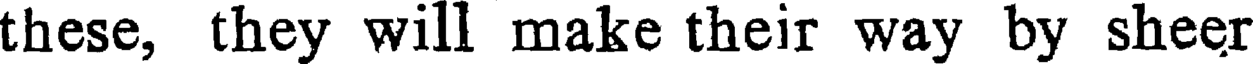
these, they will make their way by sheer